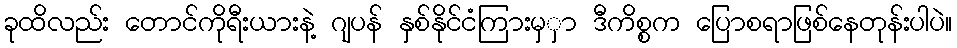
ခုထိလည်း တောင်ကိုရီးယားနဲ့ ဂျပန် နှစ်နိုင်ငံကြားမှှာ ဒီကိစ္စက ပြောစရာဖြစ်နေတုန်းပါပဲ။